Kures,_Voldemar, lk 11
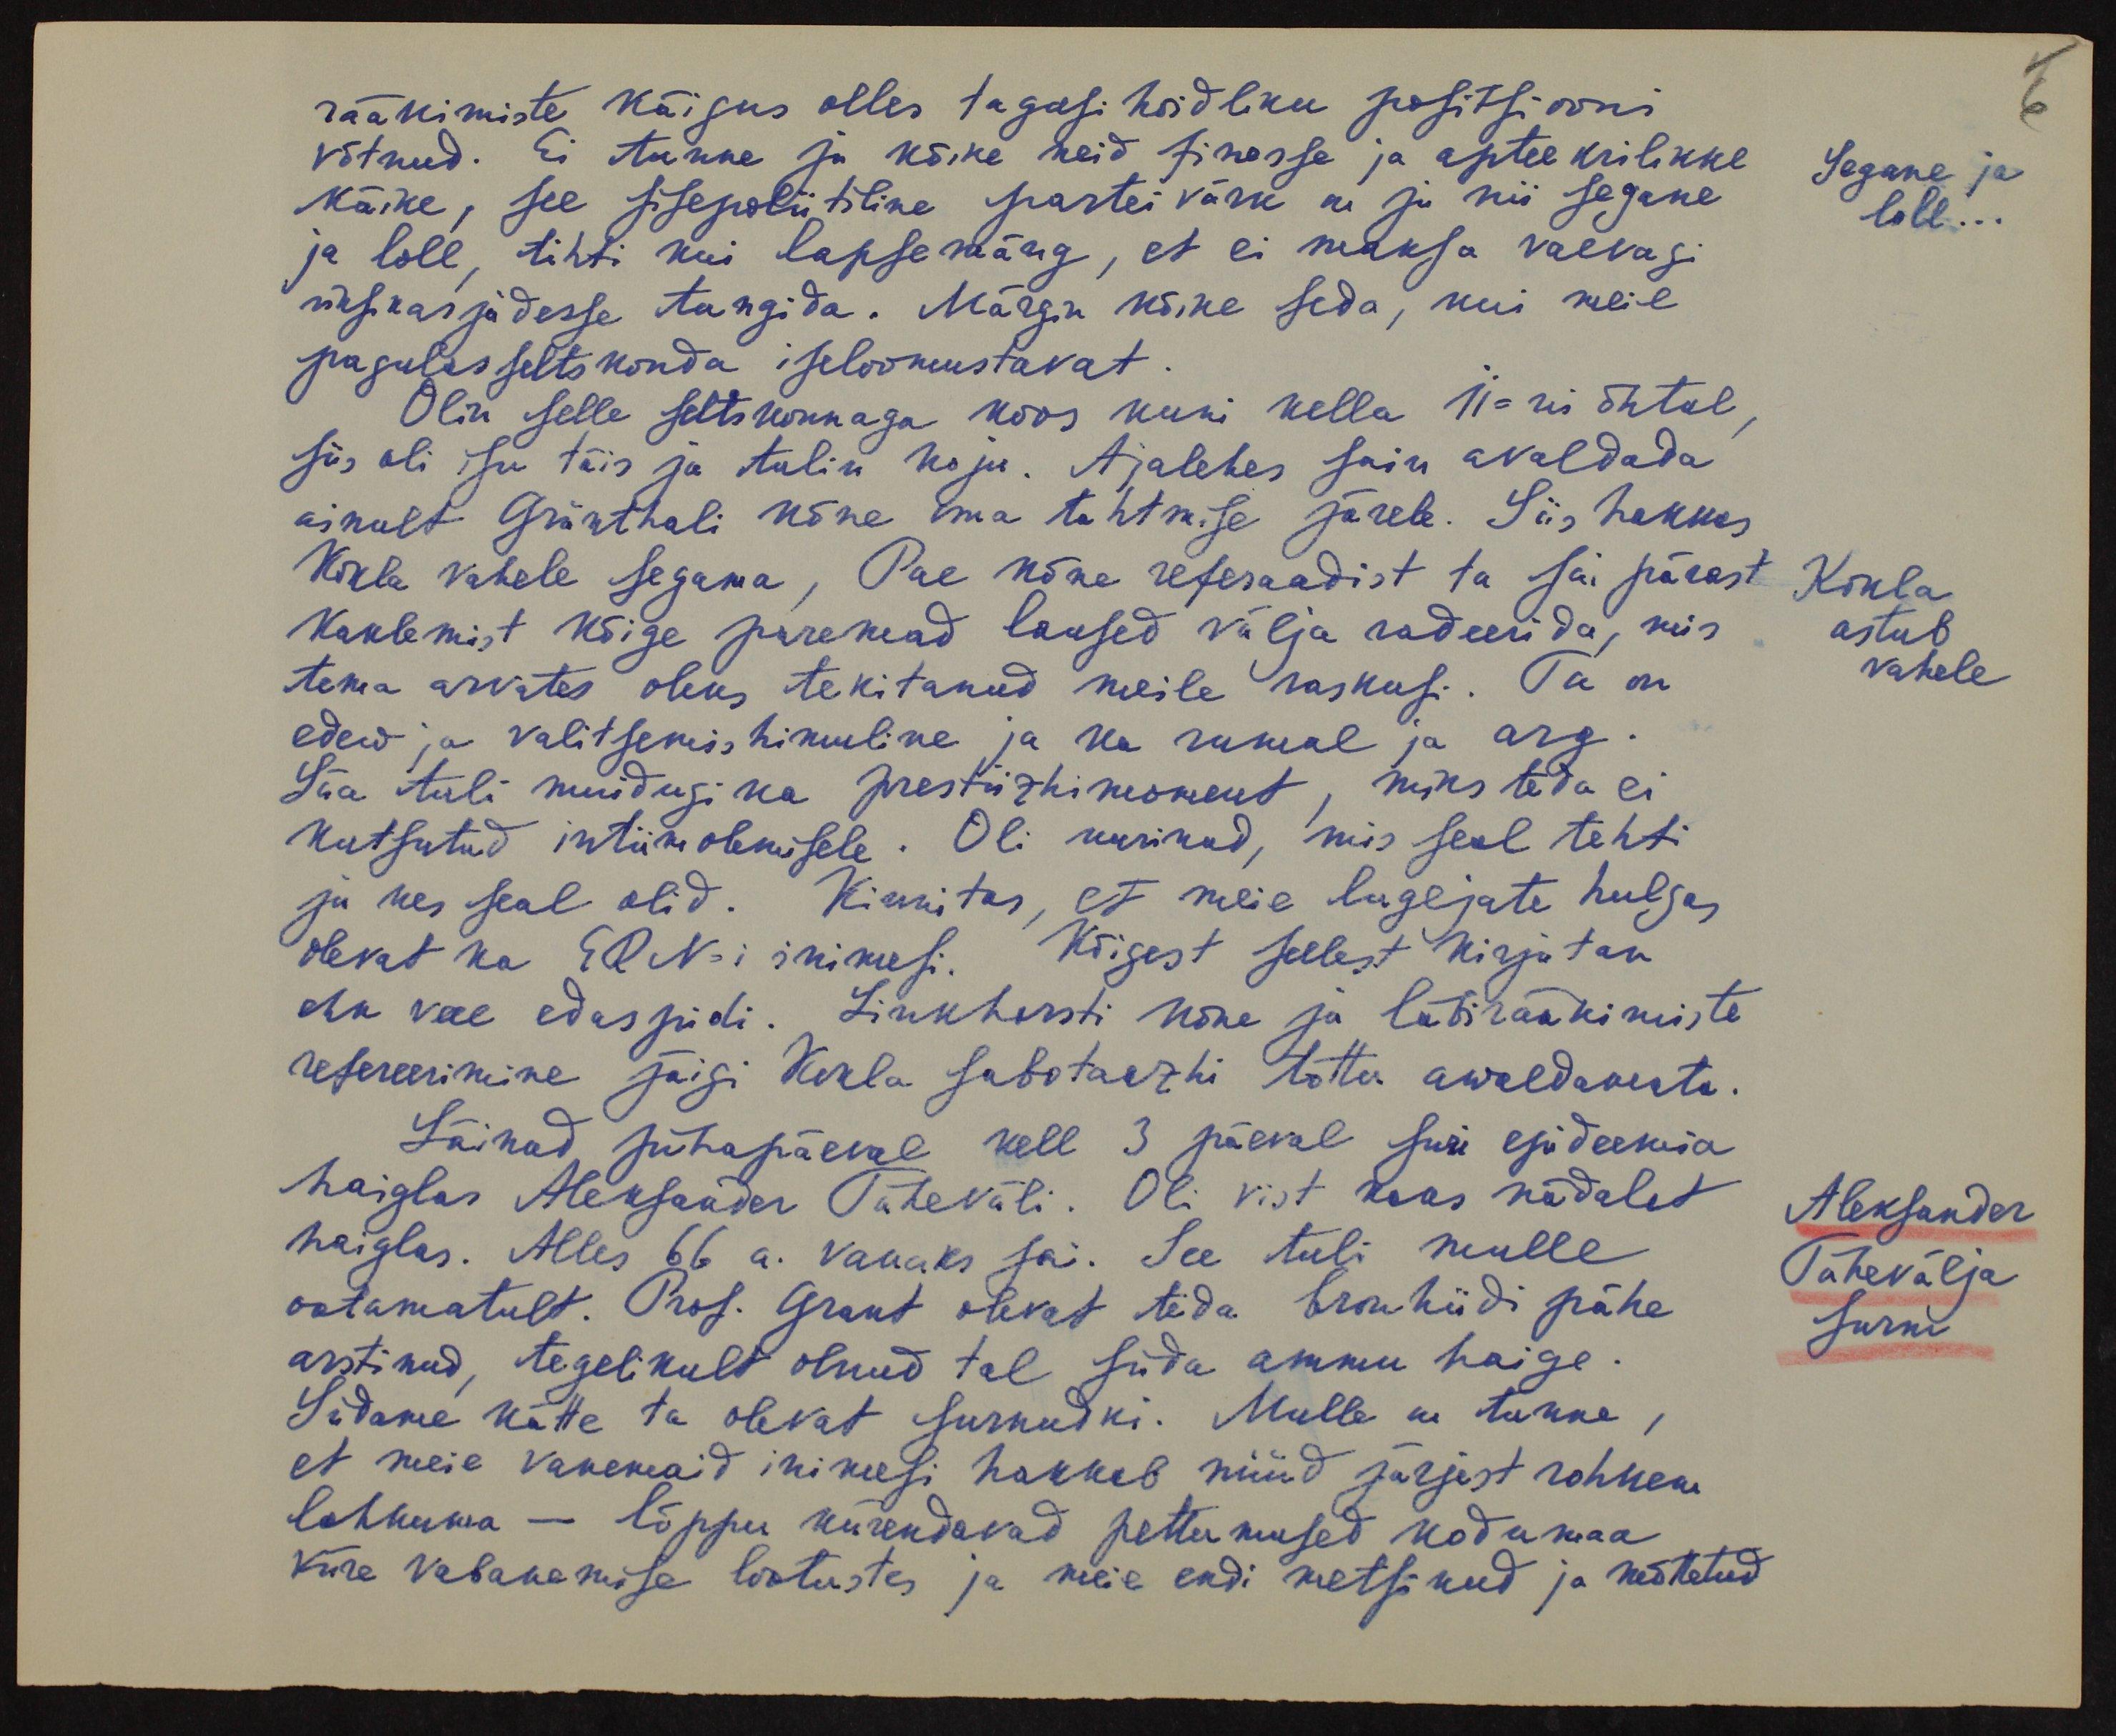
rääkimiste käigus olles tagasi hoidliku positsiooni
võtnud. Ei tunne ju kõike neid finesse ja apteekrilikke
Segane ja
loll...
käike, see sisepoliitiline partei värk ni ja nii segane
ja loll, tihti kui lapsemäng, et ei maksa vaevagi
nuhkasjadesse tungida. Märgin kõike seda, kui meie
pagulas seltskonda iseloomustavat.
Olin selle seltskonnaga koos kuni kella 11-ni õhtul,
siis oli isu täis ja tulin koju. Ajalehes sain avaldada
ainult Grünthali kõne oma tahtmise järele. Siis hakkas
Kokla vahele segama, Pae kõne referaadist ta sai pärast
Kokla
astub
vahele
kaklemist kõige paremad laused välja radeerida, mis
tema arvates oleks tekitanud meile raskus. Ta on
edew ja valitsemis himuline ja ka rumal ja arg.
Siia tuli muidugi ka prestiizhi moment, miks teda ei
kutsutud intiim olemisele. Oli nurinud, mis seal tehti
ja kes seal olid. Kinnitas, et meie lugejate hulgas
olevat ka ERN-i inimesi. Kõigest sellest kirjutan
ehk veel edaspidi. Linkhorsti kõne ja läbirääkimiste
refereerimine jäigi Kokla sabotaezhi tõttu awaldamata.
Läinud pühapäeval kell 3 päeval suri epideemia
haiglas Aleksander Tähevali. Oli vist kaks nädalat
Aleksander
Tähevälja
surm
haiglas. Alles 66 a. vanaks sai. See tuli mulle
ootamatult. Prof. Grant olevat teda bronhiidi pähe
arstinud, tegelikult olnud tal süda ammu haige.
Südame kätte ta olevat surnudki. Mulle on tunne,
et meie vanemaid inimesi hakkab nüüd järjest rohkem
lahkuma - lõppu kiirendavad pettumused kodumaa
kiire vabanemise lootustes ja meie endi metsikud ja mõttetud